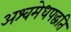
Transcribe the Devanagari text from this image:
अश्वमेधपद्धति